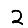
Digit: 2